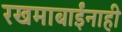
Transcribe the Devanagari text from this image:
रखमाबाईंनाही